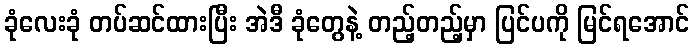
ခုံလေးခုံ တပ်ဆင်ထားပြီး အဲဒီ ခုံတွေနဲ့ တည့်တည့်မှာ ပြင်ပကို မြင်ရအောင်